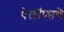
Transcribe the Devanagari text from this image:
पेलॉप्सचे